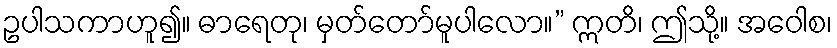
ဥပါသကာဟူ၍။ ဓာရေတု၊ မှတ်တော်မူပါလော။” ဣတိ၊ ဤသို့။ အဝေါစ၊